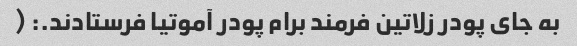
به جای پودر زلاتین فرمند برام پودر آموتیا فرستادند.: (